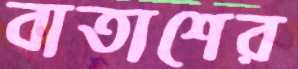
বাতাশের